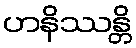
ဟနိဿန္တိ